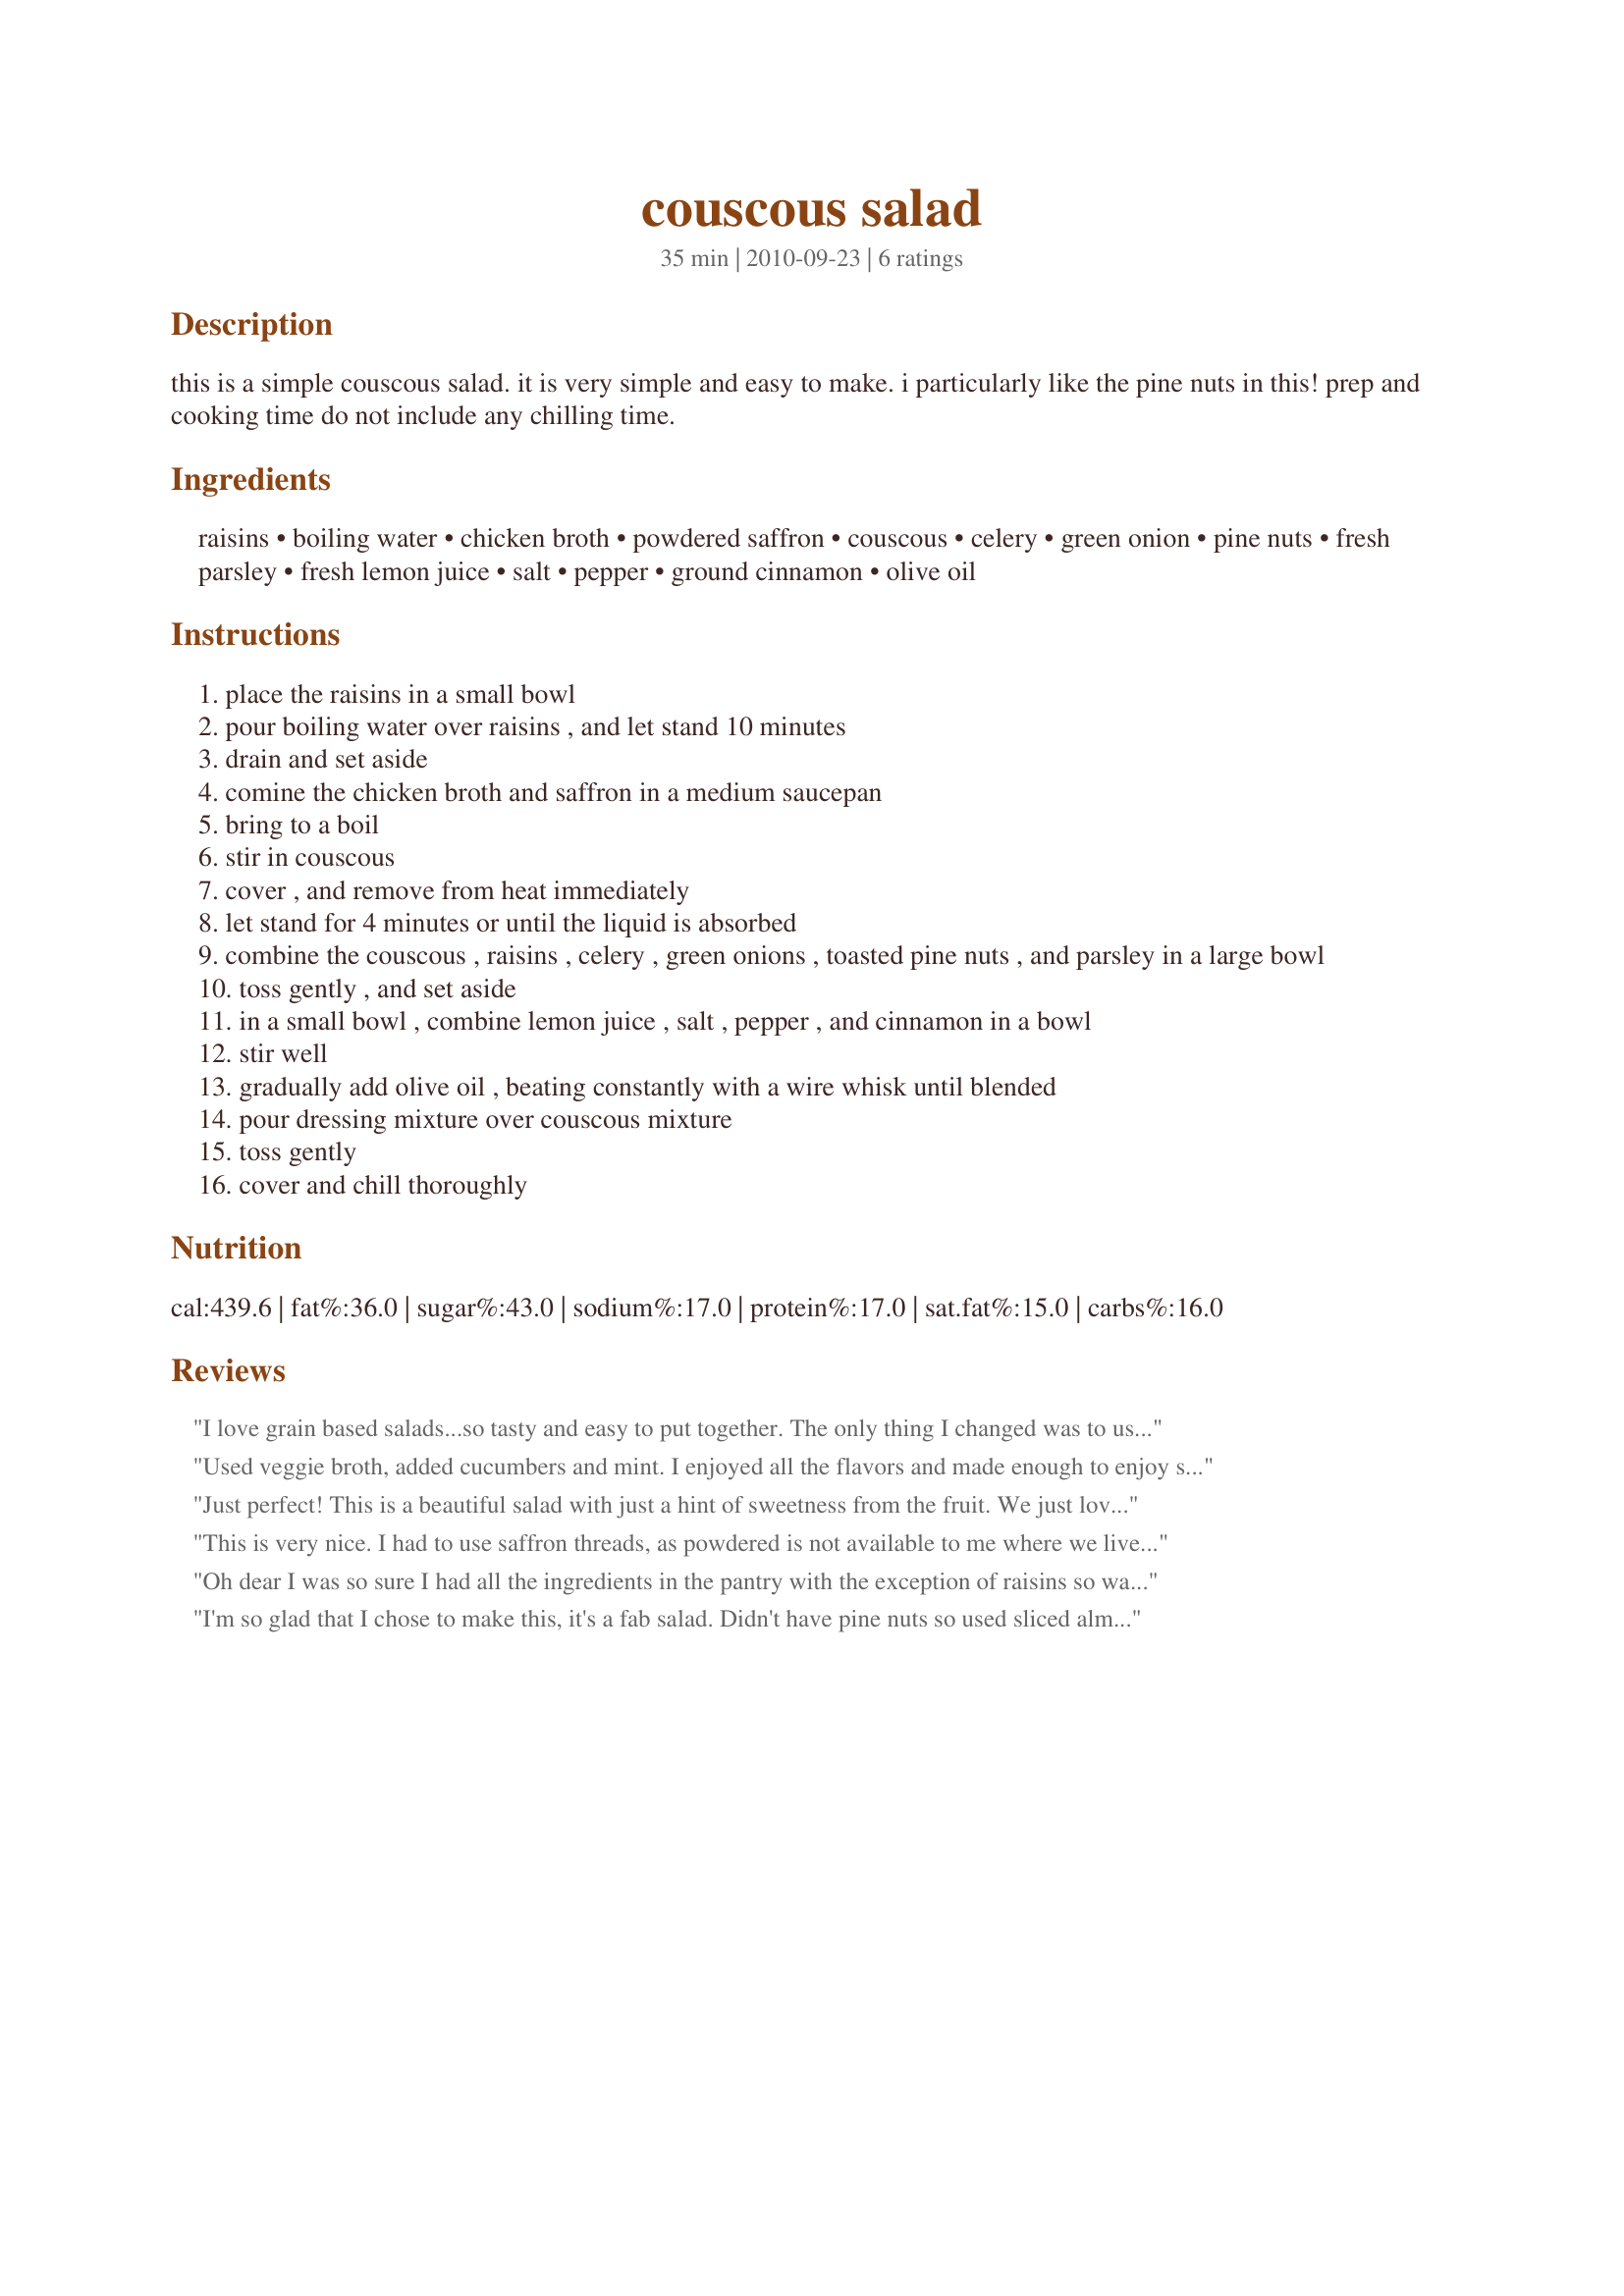
couscous salad
Preparation time: 35 minutes

this is a simple couscous salad. it is very simple and easy to make. i particularly like the pine nuts in this! prep and cooking time do not include any chilling time.

Ingredients:
raisins, boiling water, chicken broth, powdered saffron, couscous, celery, green onion, pine nuts, fresh parsley, fresh lemon juice, salt, pepper, ground cinnamon, olive oil

Steps:
place the raisins in a small bowl
pour boiling water over raisins , and let stand 10 minutes
drain and set aside
comine the chicken broth and saffron in a medium saucepan
bring to a boil
stir in couscous
cover , and remove from heat immediately
let stand for 4 minutes or until the liquid is absorbed
combine the couscous , raisins , celery , green onions , toasted pine nuts , and parsley in a large bowl
toss gently , and set aside
in a small bowl , combine lemon juice , salt , pepper , and cinnamon in a bowl
stir well
gradually add olive oil , beating constantly with a wire whisk until blended
pour dressing mixture over couscous mixture
toss gently
cover and chill thoroughly

Reviews:
I love grain based salads...so tasty and easy to put together. The only thing I changed was to use dried cranberries instead of raisins, just for our preference. This is a keeper!
Used veggie broth, added cucumbers and mint. I enjoyed all the flavors and made enough to enjoy several times. Thanks! Made for PRMR game.
Just perfect! This is a beautiful salad with just a hint of sweetness from the fruit. We just loved it.
This is very nice. I had to use saffron threads, as powdered is not available to me where we live. I wasn't quite sure how much to substitute, so only put a small amount in. I really liked the cinnamon hint in the background. Made for Photo Tag game.
Oh dear I was so sure I had all the ingredients in the pantry with the exception of raisins so was going to use sultananas but I don;t know what happened to the safron so had to omit and then yes I had pinenuts just didn't realize they had been there too long so subbed walnuts and made as per recipe and 3 of us enjoyed with some left over. The dressing really lifts the flavours of this salad and I am sure the safron would make it even better. The DM had some leftovers for lunch today to which I added some ham, red capsicum/bell peppers, cucumber and red onion all finely diced and she thoroughly enjoyed.
I'm so glad that I chose to make this, it's a fab salad. Didn't have pine nuts so used sliced almonds. Other than that it was right down the line. The lemon, saffron and cinnamon all shine like the evening star in this with each being distinct yet complimentary to each other. Every bite is pure pleasure as you savor the great ingredients.
